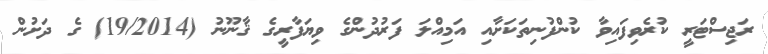
ރަޖިސްޓަރީ ކުރެވިފައިވާ ކުންފުނިތަކަށާއި އަމިއްލަ ފަރުދުންގެ ވިޔަފާރީގެ ޤާނޫނު (19/2014) ގެ ދަށުން